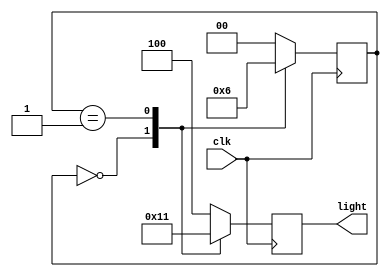
module cyclic_lamp(clk,light);

input clk;
output reg [0:2]light;
parameter S0=0,S1=1,S2=2;
parameter RED=3'b100,GREEN=3'b010,YELLOW=3'b001;
reg[0:1]state;
always @(posedge clk)
	case (state)
		S0:begin //Means RED
			light<=GREEN; state<=S1;
			end
		S1: begin  //Means GREEN 
			light <=YELLOW; state<=S2;
			end
		S2:begin 
			light<=RED; state<=S0;
			end
		default:begin 
			light<=RED;
			state<=S0;
			end
	endcase
endmodule